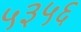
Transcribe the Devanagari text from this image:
५३५६